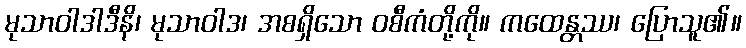
မုသာဝါဒါဒီနိ၊ မုသာဝါဒ၊ အစရှိသော ဝစီကံတို့ကို။ ကထေန္တဿ၊ ပြောသူ၏။